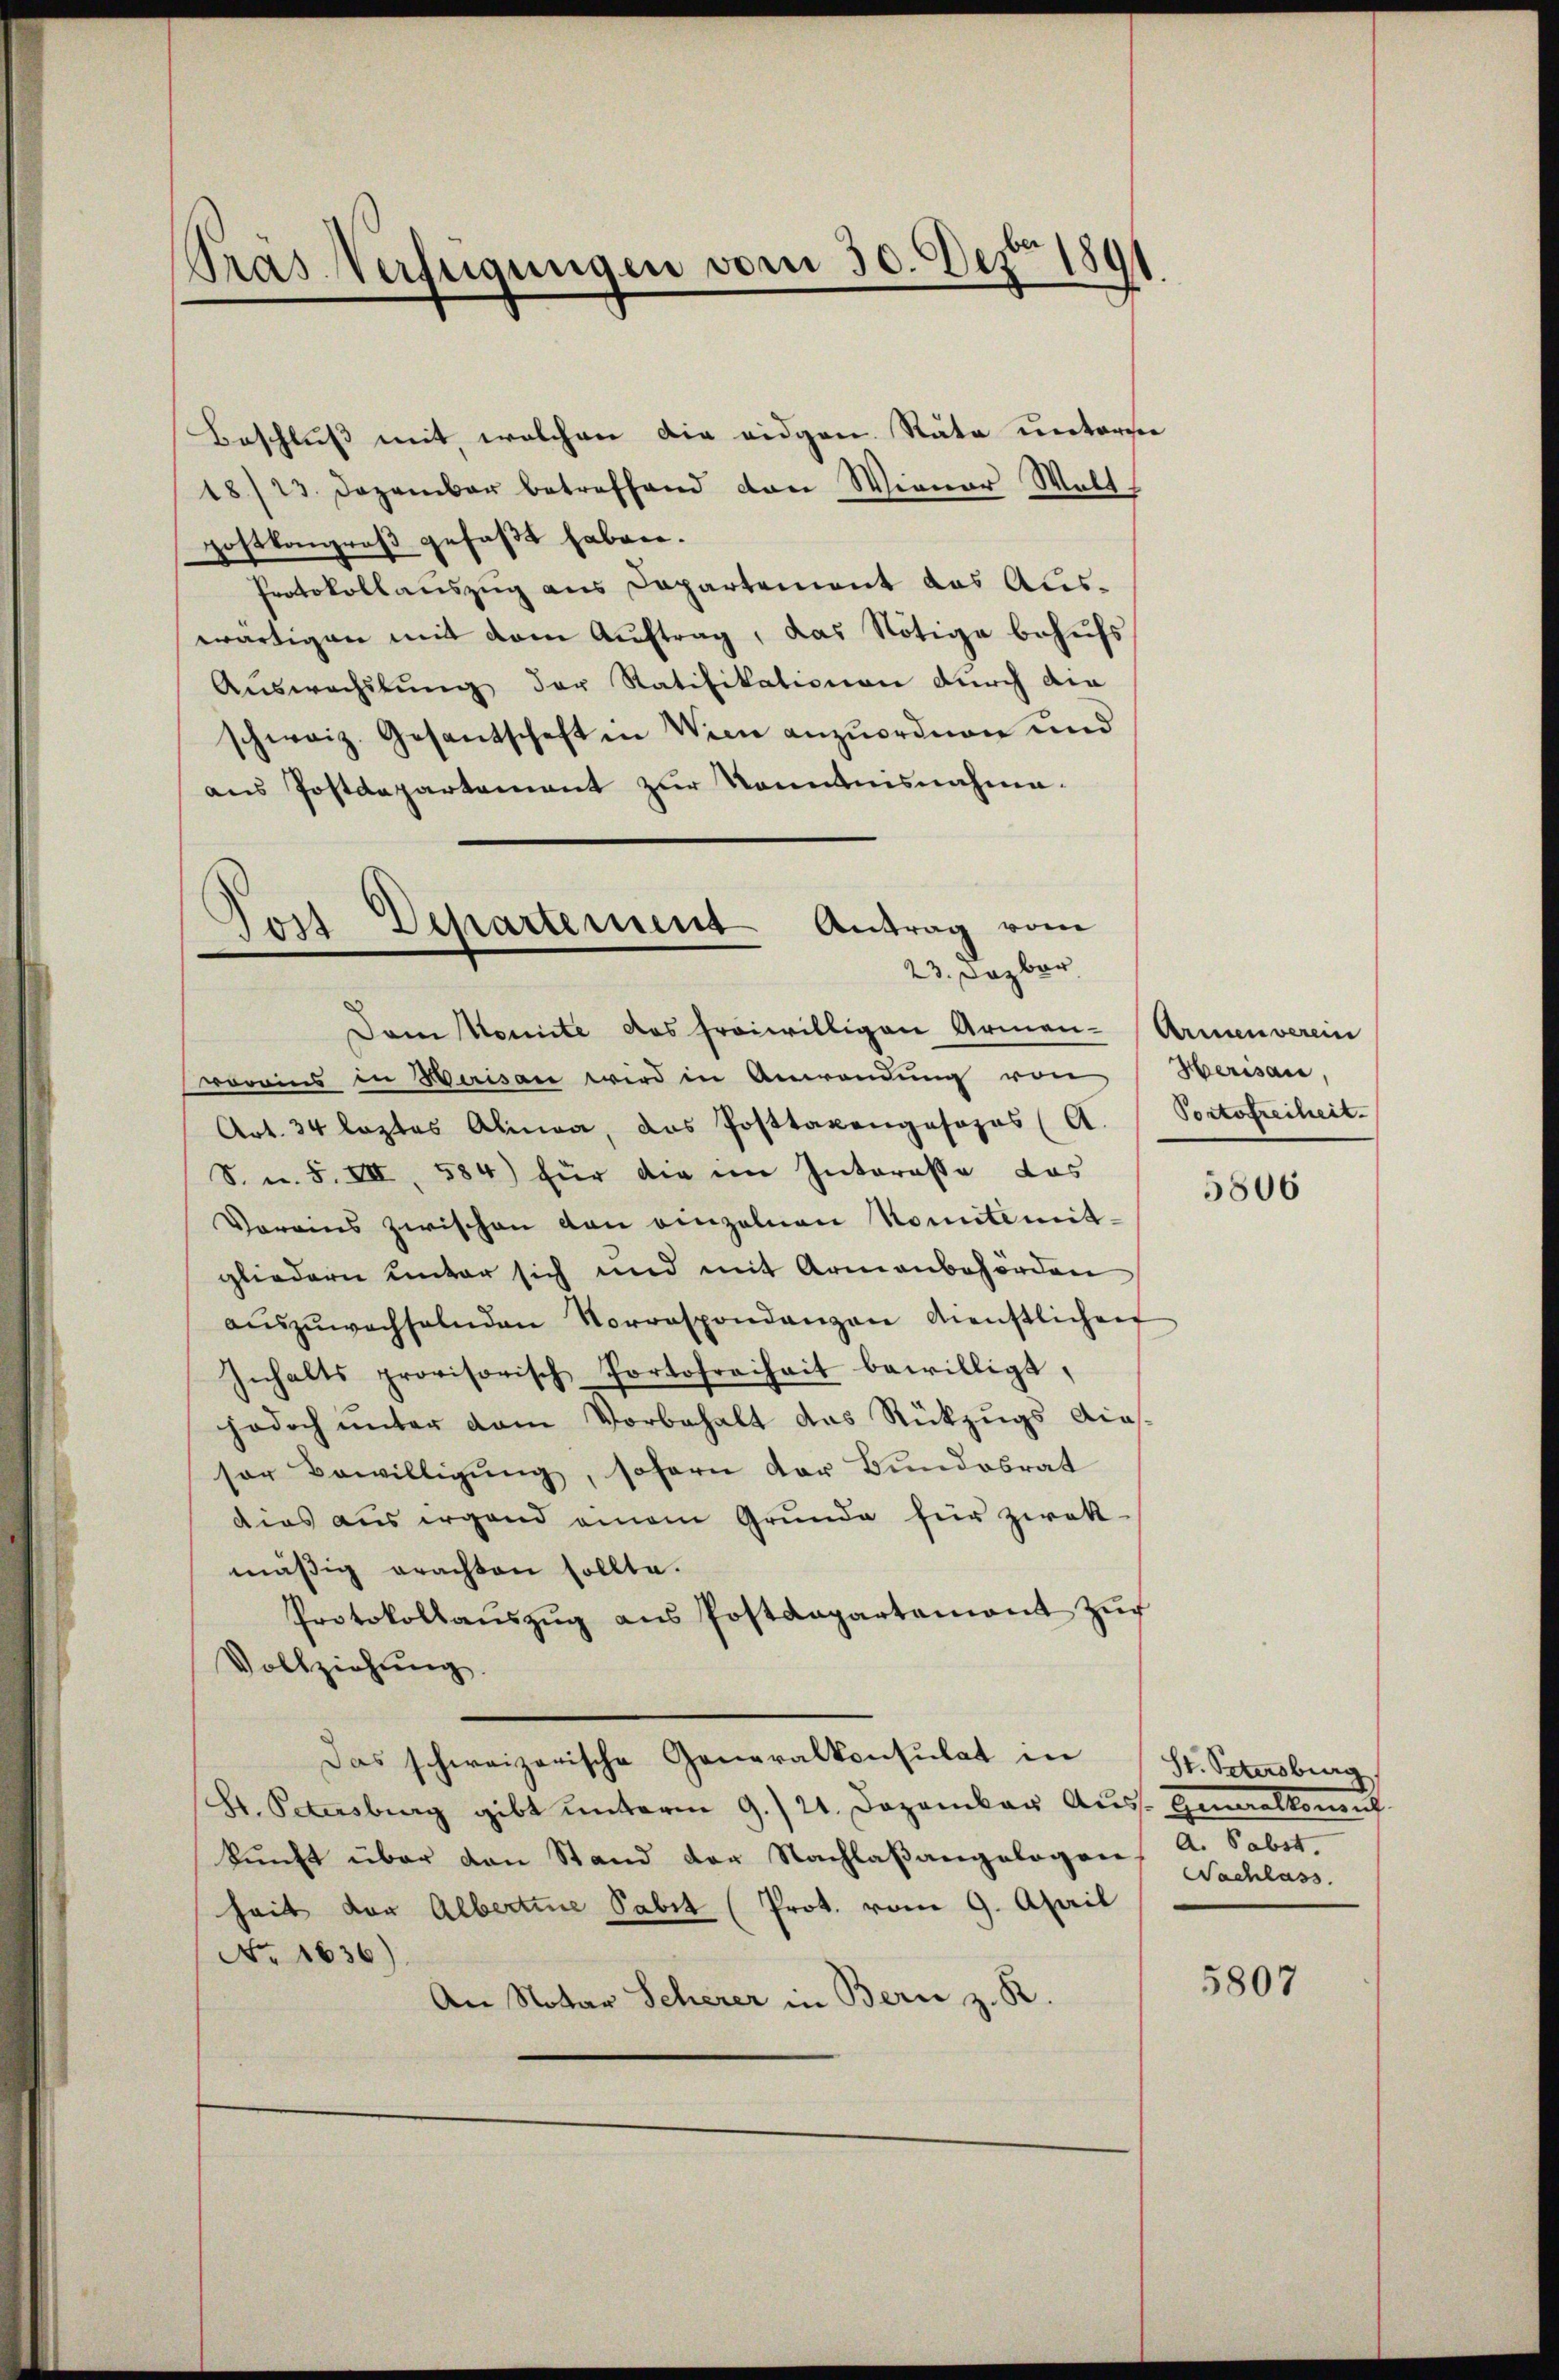
Pras Verfügungen vom 30. Dez. 1891

Beschluß mit, welchen die eidgen. Räte unterse
18/23. Dezember betreffend von Wiener Welt-
postkongroß gefaßt haben.
Protokollauszug aus Departement das Auswärtigen mit dem Auftrag, das Nötige behufs
Auswachslung der Ratifikationen durch die
schweiz. Gesantschaft in Wien anzuordnen und
aus Postdepartement zur Kenntnisnahme.
Dam Komite das freiwilligen Armen-
voreins in Herisau wird in Anwendŭng von
Art. 34 leztes Alinea, das Posttaxangosozas (A.
S. u. S. VII, 584) für die im Interasse das
Voreins zwischen von einzelnen Nomitemitgliedern unter sich und mit Armenbehörden
aŭszŭwachselnden Vorrespondenzen dienstlichen
Inhalts provisorisch Portofreiheit bewilligt,
jodoch ŭnter dem Vorbehalt das Rückzŭgs dies-
sor Bewilligŭng, sofern der Bundesrat
dias aus irgend einem Grŭnde für zwek-
mäßig erachten sollte.
Protokollaŭszŭg ans Postdepartament zŭr
Vollziehŭng.
Das schweizerische Generalkonsulat in
Hr. Petersburg gibt unterm 9./21. Dezember Auss. Generalkomit
kunft über den Stand der Nachlaßangelogen A. Sabst
heit der Albertine Sabit (Prot. vom 9. April
No. 1636)
An Notar Scherer in Bern z. R.

Post Departement Antrag vom
23. Dezbr.

Armenverein
Herisaie
Portofreiheit.

5806

St. Petersburg
Sachlass

5807